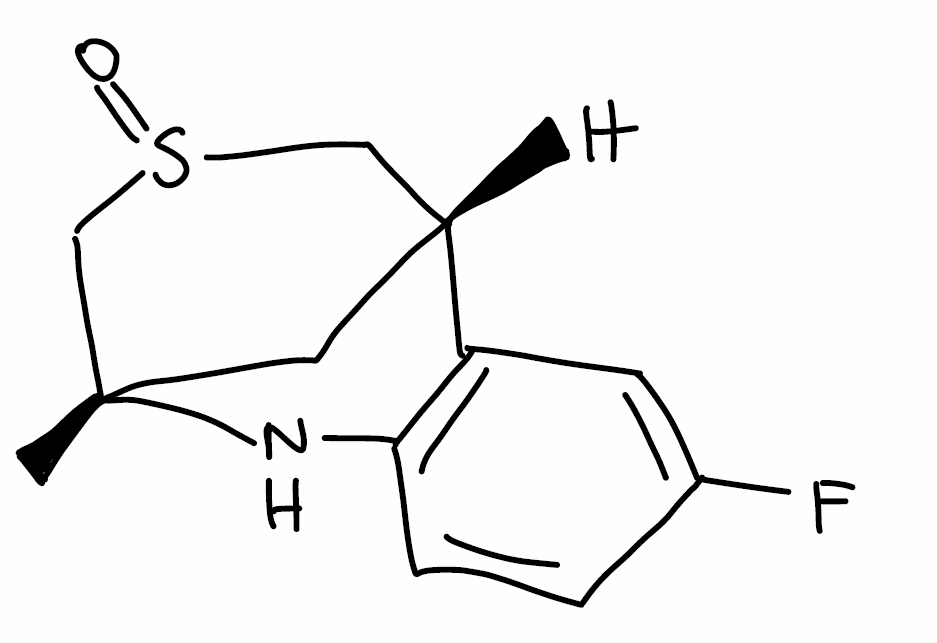
Simplified molecular-input line-entry system (SMILES) notation of the given molecule:
C[C@]12C[C@H](CS(=O)C1)C3=C(N2)C=CC(=C3)F